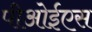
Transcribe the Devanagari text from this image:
पीओईएस